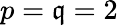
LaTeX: p=\mathfrak{q}=2